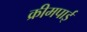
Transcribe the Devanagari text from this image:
क्रीमपाई